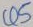
Text: Q5